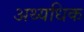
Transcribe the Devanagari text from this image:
अथ्यधिक